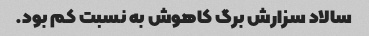
سالاد سزارش برگ کاهوش به نسبت کم بود.